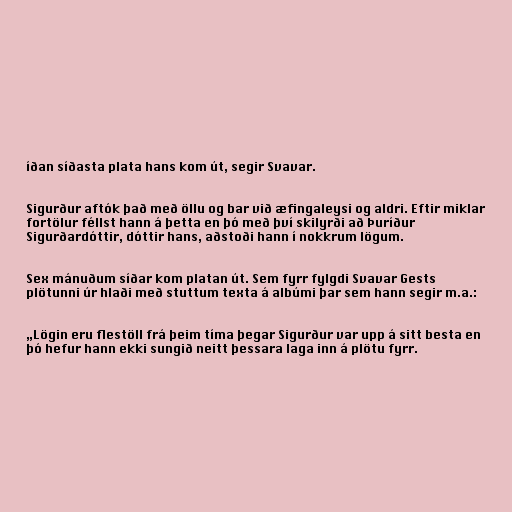
íðan síðasta plata hans kom út, segir Svavar.

Sigurður aftók það með öllu og bar við æfingaleysi og aldri. Eftir miklar
fortölur féllst hann á þetta en þó með því skilyrði að Þuríður
Sigurðardóttir, dóttir hans, aðstoði hann í nokkrum lögum.

Sex mánuðum síðar kom platan út. Sem fyrr fylgdi Svavar Gests
plötunni úr hlaði með stuttum texta á albúmi þar sem hann segir m.a.:

„Lögin eru flestöll frá þeim tíma þegar Sigurður var upp á sitt besta en
þó hefur hann ekki sungið neitt þessara laga inn á plötu fyrr.